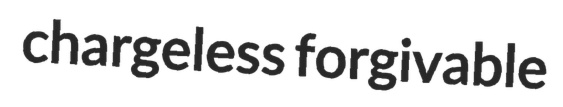
chargeless forgivable